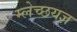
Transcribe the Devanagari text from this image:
म्लेच्छयज्ञ